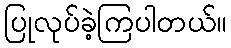
ပြုလုပ်ခဲ့ကြပါတယ်။